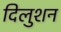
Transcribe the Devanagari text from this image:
दिलुशन